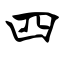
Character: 四